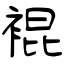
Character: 裩